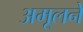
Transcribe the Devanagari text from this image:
अमूलने